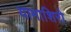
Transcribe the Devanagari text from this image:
यामाशिरो